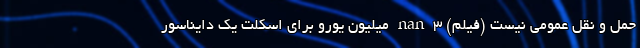
حمل و نقل عمومی نیست (فیلم) nan ۳ میلیون یورو برای اسکلت یک دایناسور